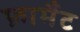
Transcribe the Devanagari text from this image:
फ़ार्मैट